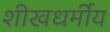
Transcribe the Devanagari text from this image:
शीखधर्मीय